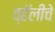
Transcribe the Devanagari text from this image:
व्हॅलीचे